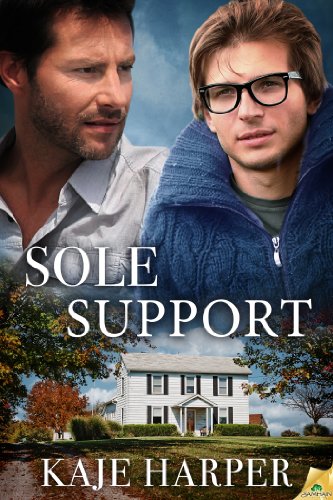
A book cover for Sole Support; Kaje Harper; Romance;